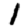
Digit: 1